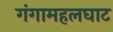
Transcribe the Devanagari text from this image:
गंगामहलघाट